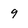
Character: 9